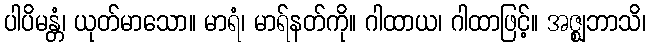
ပါပိမန္တံ၊ ယုတ်မာသော။ မာရံ၊ မာရ်နတ်ကို။ ဂါထာယ၊ ဂါထာဖြင့်။ အဇ္ဈဘာသိ၊